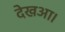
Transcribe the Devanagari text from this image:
देखआ।